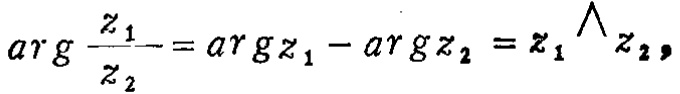
\( \arg\frac{z_1}{z_2}=\arg z_1 - \arg z_2 = z_1\wedge z_2 \)